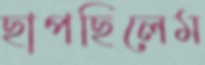
ছাপছিলেম